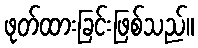
ဖုတ်ထားခြင်းဖြစ်သည်။